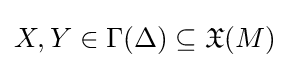
X,Y\in \Gamma (\Delta )\subseteq {\mathfrak {X}}(M)